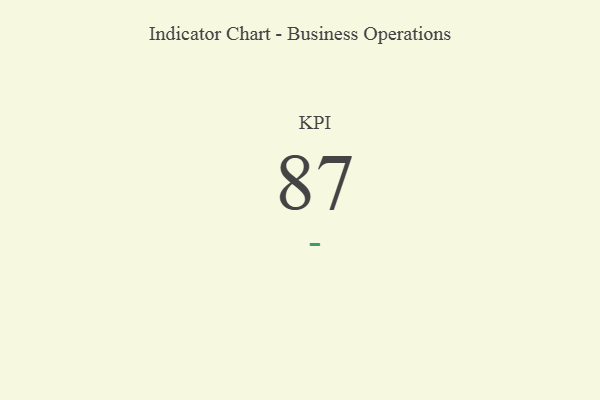
{"axis": {"x": "KPI", "y": "Value"}, "legend": [""], "data": [{"x": "KPI", "y": 87, "type": ""}]}